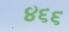
૪૬૬